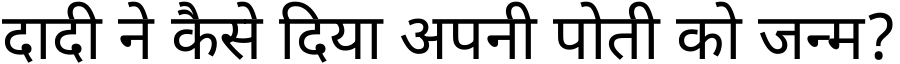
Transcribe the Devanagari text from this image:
दादी ने कैसे दिया अपनी पोती को जन्म?